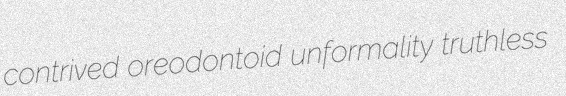
contrived oreodontoid unformality truthless